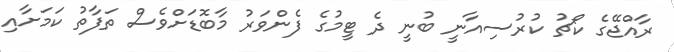
ރާއްޖޭގެ ކޯޗު ކުރުސިއާނީ ބުނީ ދެ ޓީމުގެ ފެންވަރު މާބޮޑަށްވެސް ތަފާތު ކަމަށާއި